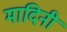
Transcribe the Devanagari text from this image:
मादिनी